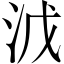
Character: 𣳡